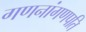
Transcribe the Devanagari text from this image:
गणनांगणपति